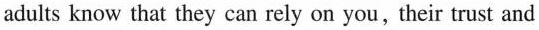
adults know that they can rely on you,their trust and